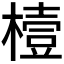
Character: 𪳮